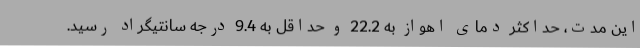
این مدت، حداکثر دمای اهواز به 22.2 و حداقل به 9.4 درجه سانتیگراد رسید.